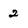
Character: 2